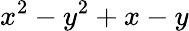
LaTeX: x^{2}-y^{2}+x-y